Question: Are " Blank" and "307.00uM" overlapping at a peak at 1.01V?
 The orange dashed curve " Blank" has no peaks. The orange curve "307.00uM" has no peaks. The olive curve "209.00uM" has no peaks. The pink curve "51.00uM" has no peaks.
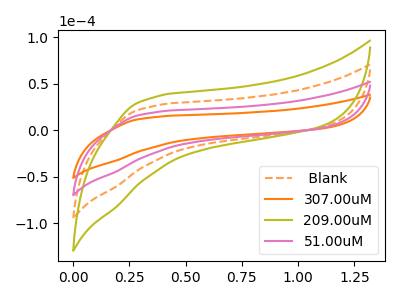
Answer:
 <answer>No, " Blank" and "307.00uM" dont share a peak at 1.01V.</answer>
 <eval>mismatch</eval>